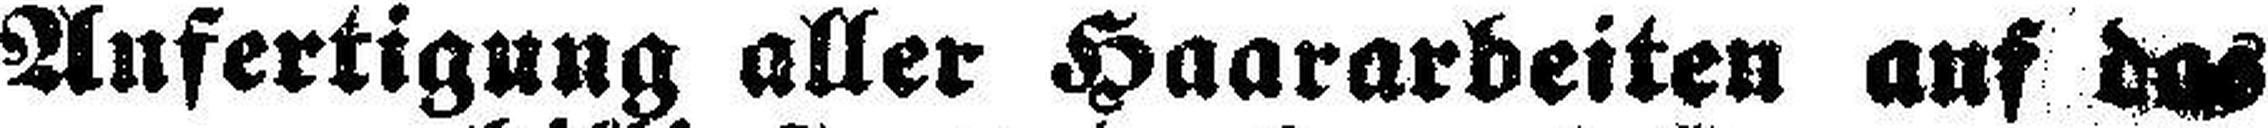
Anfertigung aller Haararbeiten auf das